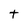
Character: t